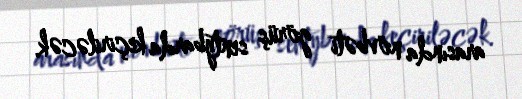
arasında növbəti görüş sentybarda keçiriləcək.